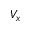
V _ { x }